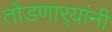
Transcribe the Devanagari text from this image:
तोडणार्‍यांनी